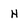
Character: H